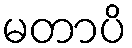
မတာပိ